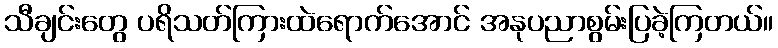
သီချင်းတွေ ပရိသတ်ကြားထဲရောက်အောင် အနုပညာစွမ်းပြခဲ့ကြတယ်။